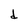
Character: d